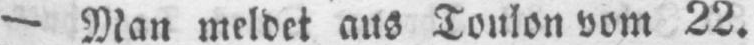
- Man meldet aus Toulon vom 22.